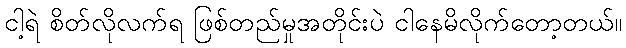
ငါ့ရဲ စိတ်လိုလက်ရ ဖြစ်တည်မှုအတိုင်းပဲ ငါနေမိလိုက်တော့တယ်။